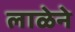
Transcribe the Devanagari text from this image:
लाळेने